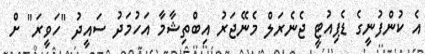
އެ ކުންފުނީގެ ޑެޕިއުޓީ ޖެނެރަލް މެނޭޖަރު އިބްތިޝާމާ އަހުމަދު ސައީދު "ހަވީރަ" ށް